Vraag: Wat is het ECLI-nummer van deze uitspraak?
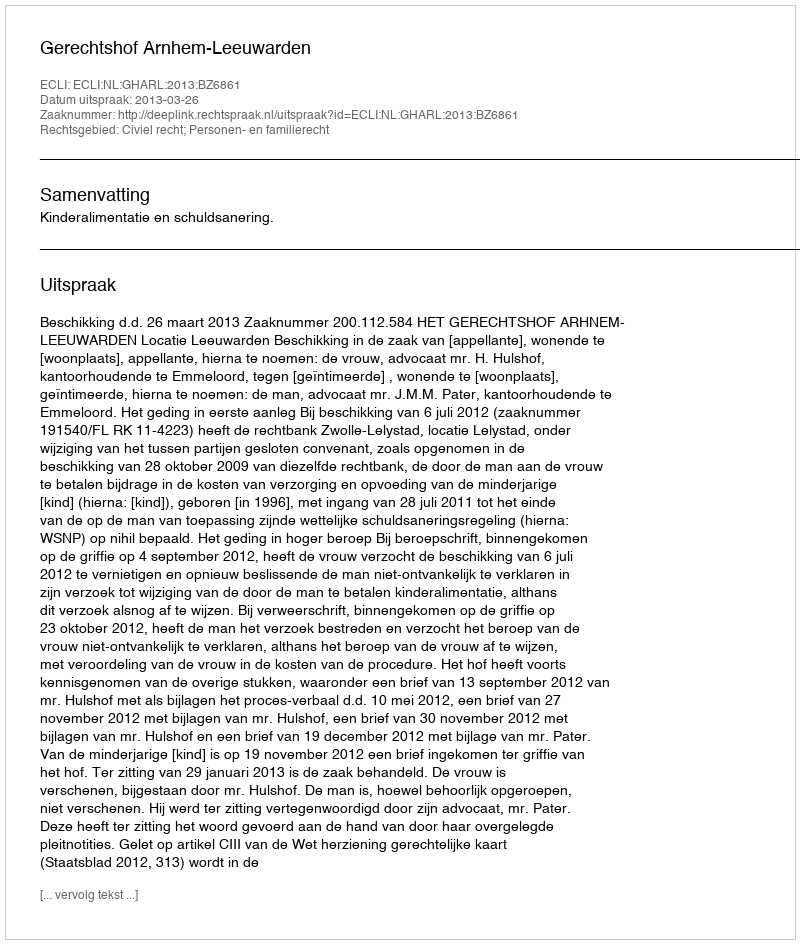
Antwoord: ECLI:NL:GHARL:2013:BZ6861